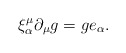
\begin{align*}\xi^\mu_\alpha \partial_\mu g = g e_\alpha.\end{align*}